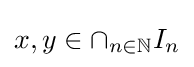
x,y\in \cap _{n\in \mathbb {N} }I_{n}